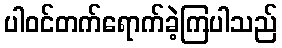
ပါဝင်တက်ရောက်ခဲ့ကြပါသည်